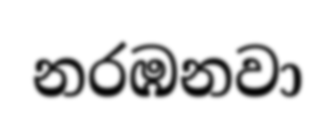
නරඹනවා